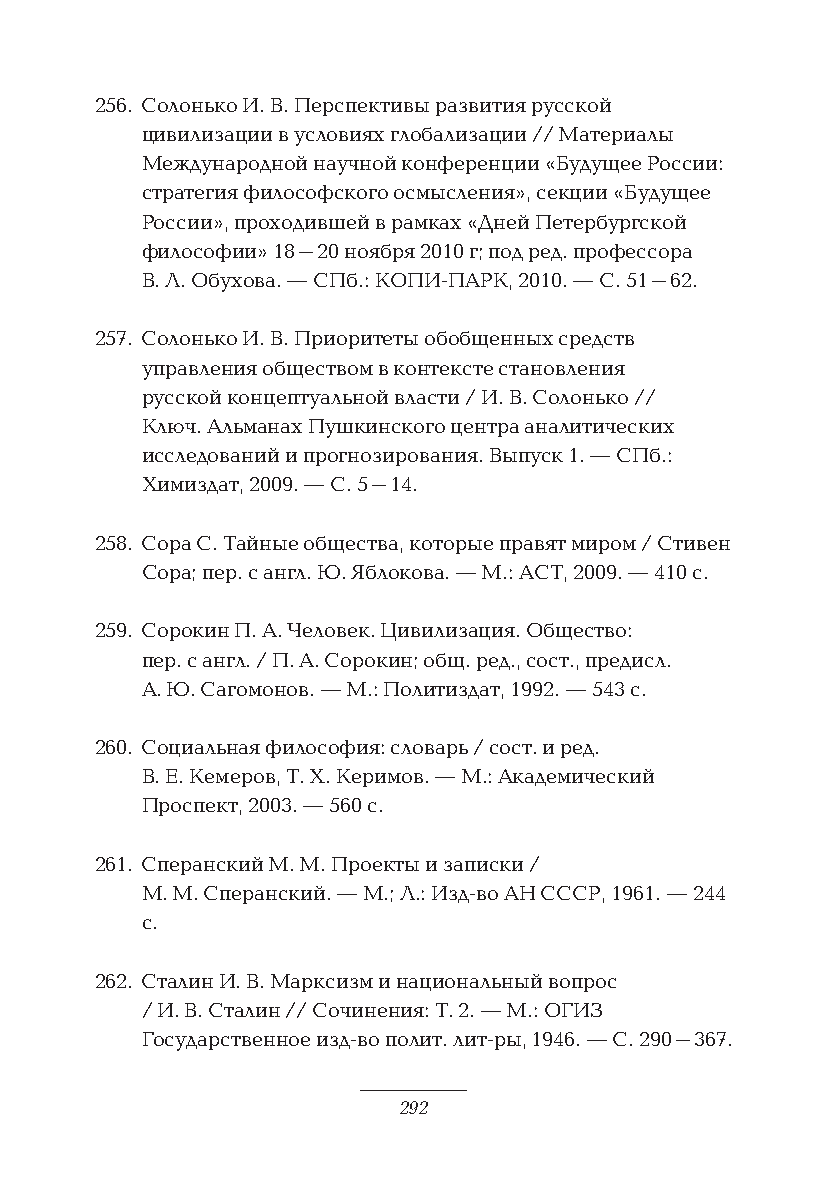
256. Солонько И. В. Перспективы развития русской
 цивилизации в условиях глобализации // Материалы
 Международной научной конференции «Будущее России:
 стратегия философского осмысления», секции «Будущее
 России», проходившей в рамках «Дней Петербургской
 философии» 18–20 ноября 2010 г; под ред. профессора
 В. Л. Обухова. — СПб.: КОПИ-ПАРК, 2010. — С. 51–62.
 257. Солонько И. В. Приоритеты обобщенных средств
 управления обществом в контексте становления
 русской концептуальной власти / И. В. Солонько //
 Ключ. Альманах Пушкинского центра аналитических
 исследований и прогнозирования. Выпуск 1. — СПб.:
 Химиздат, 2009. — С. 5–14.
 258. Сора С. Тайные общества, которые правят миром / Стивен
 Сора; пер. с англ. Ю. Яблокова. — М.: АСТ, 2009. — 410 с.
 259. Сорокин П. А. Человек. Цивилизация. Общество:
 пер. с англ. / П. А. Сорокин; общ. ред., сост., предисл.
 А. Ю. Сагомонов. — М.: Политиздат, 1992. — 543 с.
 260. Социальная философия: словарь / сост. и ред.
 В. Е. Кемеров, Т. Х. Керимов. — М.: Академический
 Проспект, 2003. — 560 с.
 261. Сперанский М. М. Проекты и записки /
 М. М. Сперанский. — М.; Л.: Изд-во АН СССР, 1961. — 244
 с.
 262. Сталин И. В. Марксизм и национальный вопрос
 / И. В. Сталин // Сочинения: Т. 2. — М.: ОГИЗ
 Государственное изд-во полит. лит-ры, 1946. — С. 290–367.
 292